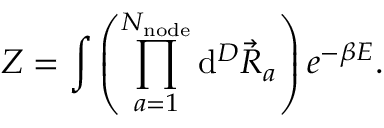
Z = \int { \left( \prod _ { a = 1 } ^ { N _ { \mathrm { n o d e } } } { \mathrm { d } ^ { D } \vec { R } _ { a } } \right) e ^ { - \beta E } } .